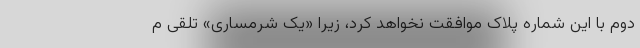
دوم با این شماره پلاک موافقت نخواهد کرد، زیرا «یک شرمساری» تلقی م